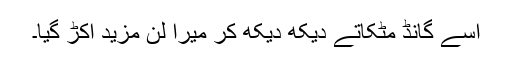
اسے گانڈ مٹکاتے دیکھ دیکھ کر میرا لن مزید اکڑ گیا۔